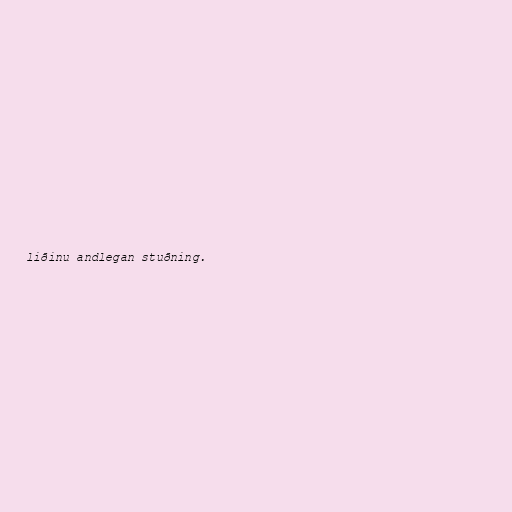
liðinu andlegan stuðning.